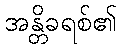
အန္တိခရစ်၏